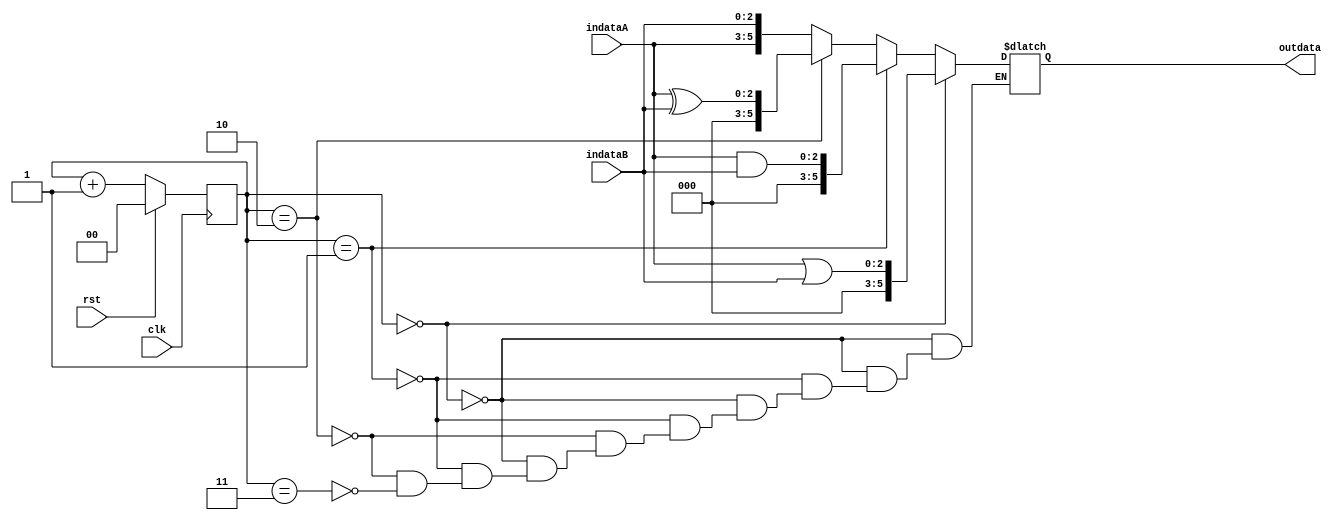
`timescale 1ns/10ps
module marquee(
  clk,
  rst,
  indataA,
  indataB,
  outdata
  );

input clk;
input rst;  
input  [2:0] indataA;
input  [2:0] indataB;
output [5:0] outdata;

reg [1:0] counter;
reg [5:0] out;

always@(posedge clk)begin
    if(rst == 1) counter <= 2'b0;
    else counter <= counter + 1;
end

always@(*) begin
    if(counter == 0) out = indataA | indataB;
    else if(counter == 1) out = indataA & indataB;
    else if(counter == 2) out = indataA ^ indataB;
    else if(counter == 3) out = {indataA, indataB};
end

assign outdata = out;

endmodule